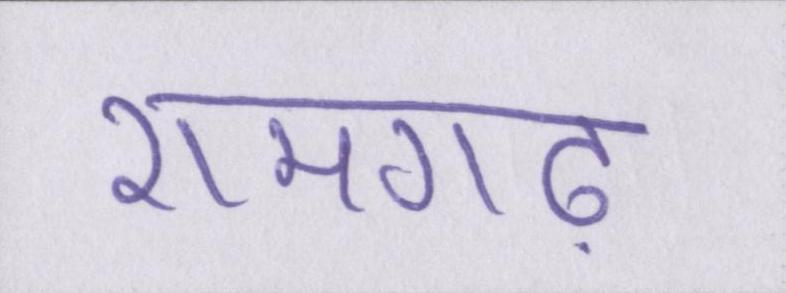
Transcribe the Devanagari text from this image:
रामगढ़